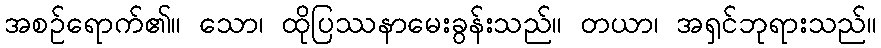
အစဉ်ရောက်၏။ သော၊ ထိုပြဿနာမေးခွန်းသည်။ တယာ၊ အရှင်ဘုရားသည်။